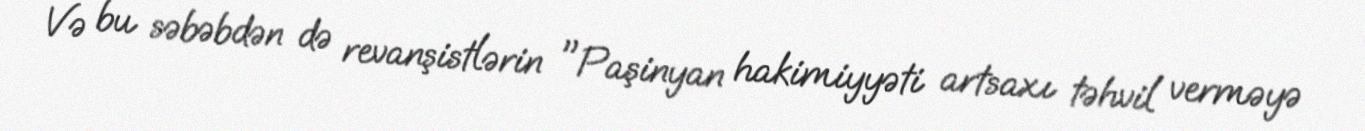
Və bu səbəbdən də revanşistlərin "Paşinyan hakimiyyəti artsaxı təhvil verməyə